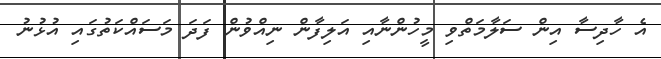
އެ ހާދިސާ އިން ސަލާމަތްވި މީހުންނާއި އަލިފާން ނިއްވުން ފަދަ މަސައްކަތުގައި އުޅުނު